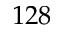
1 2 8